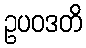
ဥပဝဒတိ